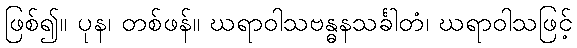
ဖြစ်၍။ ပုန၊ တစ်ဖန်။ ဃရာဝါသဗန္ဓနသင်္ခါတံ၊ ဃရာဝါသဖြင့်